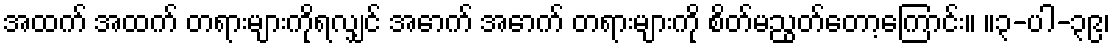
အထက် အထက် တရားများကိုရလျှင် အောက် အောက် တရားများကို စိတ်မညွတ်တော့ကြောင်း။ ။၃-ပါ-၃၉၊